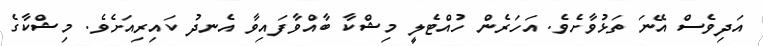
އަދިވެސް އޭނަ ތަޅުވާށެވެ. އަހަރެން ހުއްޓެލީ މިޝްކާ ބާއްވާފައިވާ އެނދު ކައިރިއަށެވެ. މިޝްކާގެ